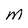
Character: m